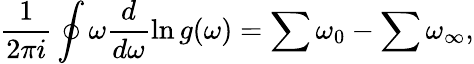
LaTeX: \frac{1}{2\pi i}\oint\omega\frac{d}{d\omega}\ln g(\omega)=\sum\omega_{0}-\sum\omega_{\infty},